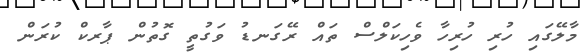
މާލޭގައި ހުރި ހުރިހާ ވެހިކަލްސް ތައް ރޭގަނޑު ވަގުތީ ގޮތުން ޕާރކް ކުރަން